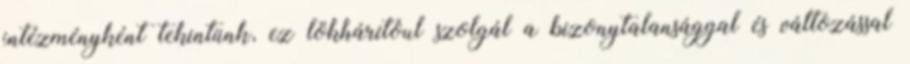
intézményként tekintünk, ez lökhárítóul szolgál a bizonytalansággal és változással